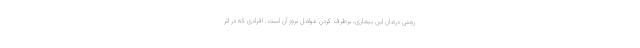
روش درمان این بیماری، برطرف کردن عوامل بروز آن است. افرادی که در اثر